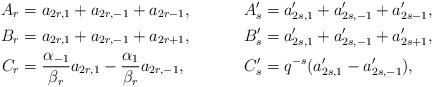
LaTeX: \begin{align*}A_r&=a_{2r,1}+a_{2r,-1}+a_{2r-1}, & A'_s&=a'_{2s,1}+a'_{2s,-1}+a'_{2s-1},\\B_r&=a_{2r,1}+a_{2r,-1}+a_{2r+1},&B'_s&=a'_{2s,1}+a'_{2s,-1}+a'_{2s+1},\\C_r&=\frac{\alpha_{-1}}{\beta_r}a_{2r,1}-\frac{\alpha_{1}}{\beta_r}a_{2r,-1},&C'_s&=q^{-s}(a'_{2s,1}-a'_{2s,-1}),\end{align*}